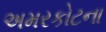
અમરકોટના